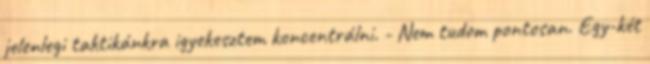
jelenlegi taktikánkra igyekesztem koncentrálni. - Nem tudom pontosan. Egy-két